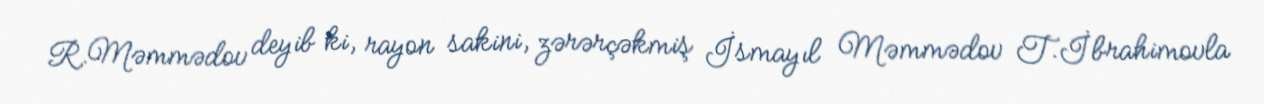
R.Məmmədov deyib ki, rayon sakini, zərərçəkmiş İsmayıl Məmmədov T.İbrahimovla